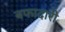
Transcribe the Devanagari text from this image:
बफादारी